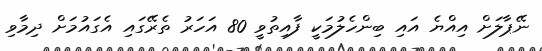
ނޭޕާލަށް އިއްޔެ އައި ބިންހެލުމަކީ ފާއިތުވީ 80 އަހަރު ތެރޭގައި އެގައުމަށް ދިމާވި